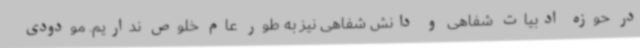
در حوزه ادبیات شفاهی و دانش شفاهی نیز به طور عام خلوص نداریم. مودودی